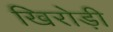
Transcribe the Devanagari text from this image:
खिरोड़ी